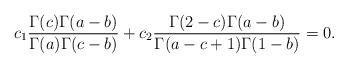
LaTeX: \begin{align*}c_1\frac{\Gamma(c)\Gamma(a-b)}{\Gamma(a)\Gamma(c-b)}+c_2\frac{\Gamma(2-c)\Gamma(a-b)}{\Gamma(a-c+1)\Gamma(1-b)}=0.\end{align*}